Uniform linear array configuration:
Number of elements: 8
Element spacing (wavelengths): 1
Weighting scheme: blackman
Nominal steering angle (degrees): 0
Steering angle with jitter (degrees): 0.6926
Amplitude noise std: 0.05
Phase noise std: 0.05

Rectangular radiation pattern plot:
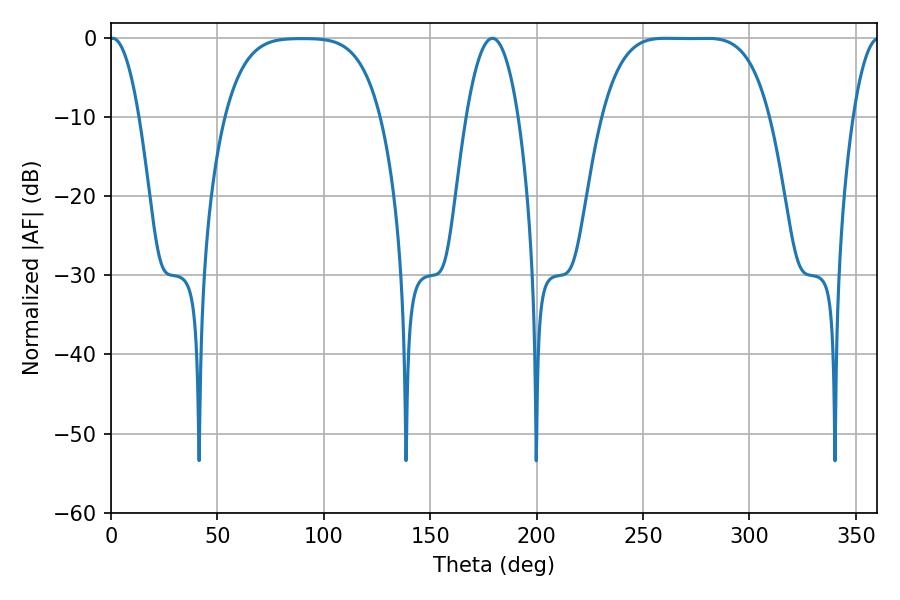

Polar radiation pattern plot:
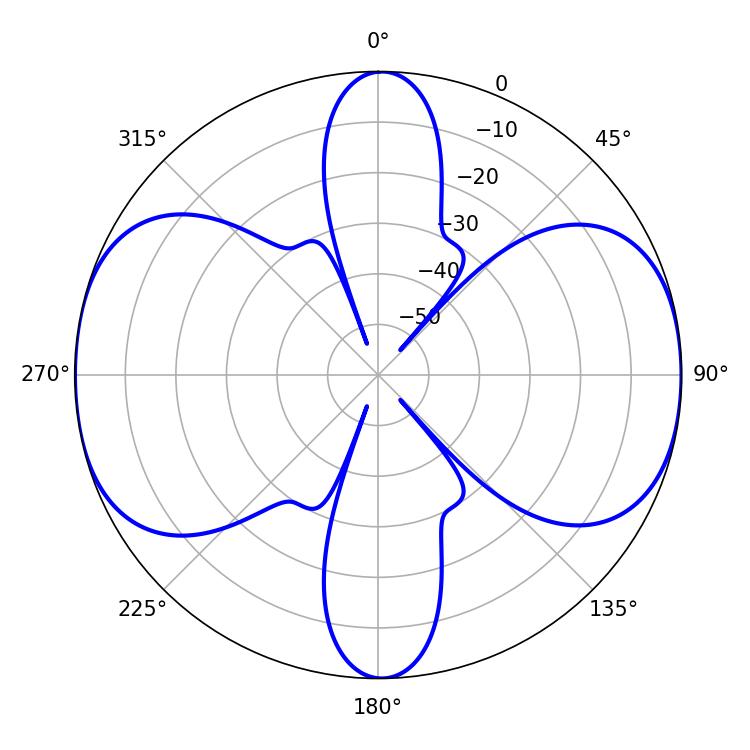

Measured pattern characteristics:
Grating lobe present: TRUE
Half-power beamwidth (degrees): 59.76
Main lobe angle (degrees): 260.64